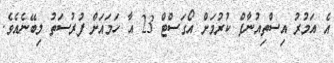
އެ އަމުރު އިސްތިއުނާފް ކުރުމަށް އޯގަސްޓް 23 އާ ހަމައަށް ފުރުސަތު ލިބޭނެއެވެ.